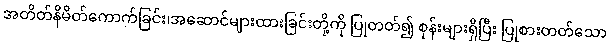
အတိတ်နိမိတ်ကောက်ခြင်း၊အဆောင်များထားခြင်းတို့ကို ပြုတတ်၍ စုန်းများရှိပြီး ပြုစားတတ်သော